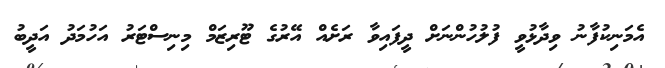
އެމަނިކުފާނު ވިދާޅުވީ ފުލުހުންނަށް ދީފައިވާ ރަށެއް އޭރުގެ ޓޫރިޒަމް މިނިސްޓަރު އަހުމަދު އަދީބު